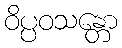
ဝိပ္ပဝသန္တော